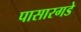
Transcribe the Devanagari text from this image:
पासारगडे